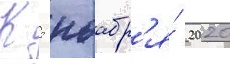
К 5 ноабр'я́ 2020